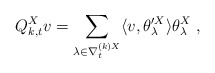
\begin{align*} Q^X_{k,t}v=\sum_{\lambda\in \nabla_t^{(k)X}} \langle v,\theta_\lambda'^X\rangle \theta_\lambda^X \;, \end{align*}